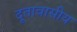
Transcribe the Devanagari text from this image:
दूतावासीय